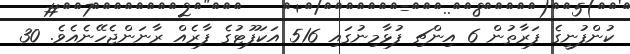
ކުންފުނީގެ ފަރާތުން 6 އިންޗި ފުޅާމިނުގައި 516 އަކަފޫޓުގެ ފާރެއް ރާނަންޖެހޭނެއެވެ. 30